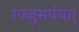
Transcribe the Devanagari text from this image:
रज्जुसर्पवत्‌